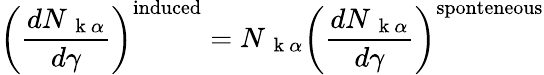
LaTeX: \left(\frac{dN_{\mathrm{~\mathbf~k~}\alpha}}{d\gamma}\right)^{\mathrm{induced}}=N_{\mathrm{~\mathbf~k~}\alpha}\left(\frac{dN_{\mathrm{~\mathbf~k~}\alpha}}{d\gamma}\right)^{\mathrm{sponteneous}}